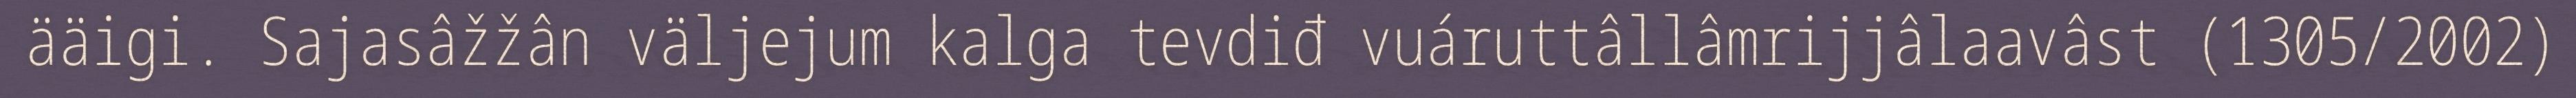
ääigi. Sajasâžžân väljejum kalga tevdiđ vuáruttâllâmrijjâlaavâst (1305/2002)